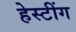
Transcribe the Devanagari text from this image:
हेस्टींग